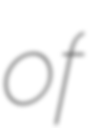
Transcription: of